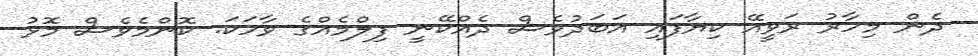
ދެން މިހާރު ރަވީއޭ ކިޔާފައި އަބަދުވެސް ދެއްކޭނީ ފިލްމެއްގެ ވާހަކަ. ކޮންމެވެސް މޮޅު